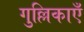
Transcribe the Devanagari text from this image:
गुल्लिकाएँ